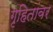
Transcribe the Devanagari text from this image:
गृहितांवर